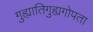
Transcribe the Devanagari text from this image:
गुह्यातिगुह्यगोपता